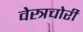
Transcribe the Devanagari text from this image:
वेस्त्रचोरी